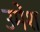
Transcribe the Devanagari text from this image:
उमेंश